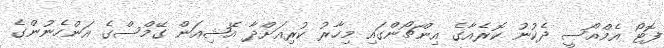
ފޮޓޯ އެމްއޯސީ ދެކުނު ކޮރެއާގެ އިންޗޯންގައި މިހާރު ކުރިއަށްދާ އޭޝިއަން ގޭމްސްގެ އަންހެނުންގެ